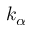
k _ { \alpha }